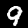
Digit: 9